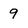
Character: 9